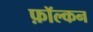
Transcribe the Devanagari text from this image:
फ़ॉल्कन